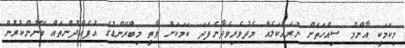
މިކަމަކީ އާންމު ސިއްހަތަށް ނުރައްކަލެއް މެދުވެރިވެދާނެފަދަ ކަމަކަށް ވާތީ މިބްރޭންޑުގެ އުފެއްދުންތައް ބޭނުންކުރުން